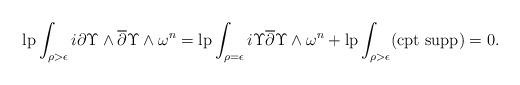
LaTeX: \begin{gather*}\operatorname{lp}\int_{\rho>\epsilon} i\partial\Upsilon\wedge \overline{\partial}\Upsilon\wedge \omega^n=\operatorname{lp}\int_{\rho=\epsilon} i\Upsilon\overline{\partial}\Upsilon\wedge \omega^n+\operatorname{lp}\int_{\rho>\epsilon}({\rm cpt\ supp})=0.\end{gather*}